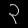
Digit: ၃